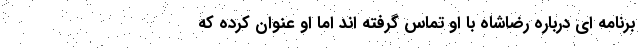
برنامه ای درباره رضاشاه با او تماس گرفته اند اما او عنوان کرده که